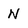
Character: N